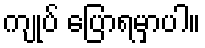
ကျုပ် ပြောရမှာပါ။